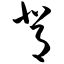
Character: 背